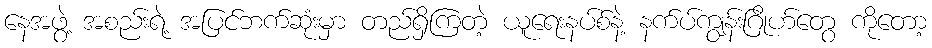
နေအဖွဲ့ အစည်းရဲ့ အပြင်ဘက်ဆုံးမှာ တည်ရှိကြတဲ့ ယူရေးနပ်စ်နဲ့ နက်ပ်ကျွန်းဂြိုဟ်တွေ ကိုတော့